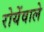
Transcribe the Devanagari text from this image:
रोयेंवाले